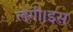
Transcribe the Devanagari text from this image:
लेगी।इस